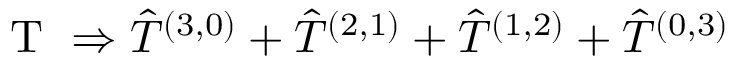
\mathrm { ~ T ~ } \Rightarrow \hat { T } ^ { ( 3 , 0 ) } + \hat { T } ^ { ( 2 , 1 ) } + \hat { T } ^ { ( 1 , 2 ) } + \hat { T } ^ { ( 0 , 3 ) }